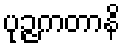
ပုဉ္ဇကတာနိ